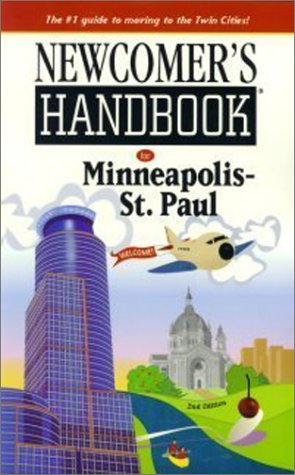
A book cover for Newcomer's Handbook for Minneapolis St. Paul; Elizabeth Caperton-Halvorson; Travel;